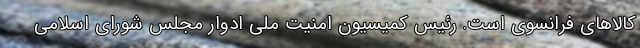
کالاهای فرانسوی است. رئیس کمیسیون امنیت ملی ادوار مجلس شورای اسلامی